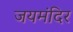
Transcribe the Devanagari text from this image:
जयमंदिर